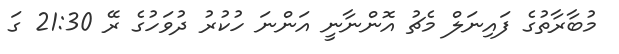
މުބާރާތުގެ ފައިނަލް މެޗު އޮންނާނީ އަންނަ ހުކުރު ދުވަހުގެ ރޭ 21:30 ގަ